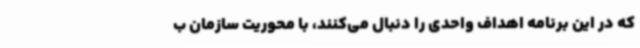
که در این برنامه اهداف واحدی را دنبال می‌کنند، با محوریت سازمان ب